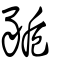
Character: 䝈